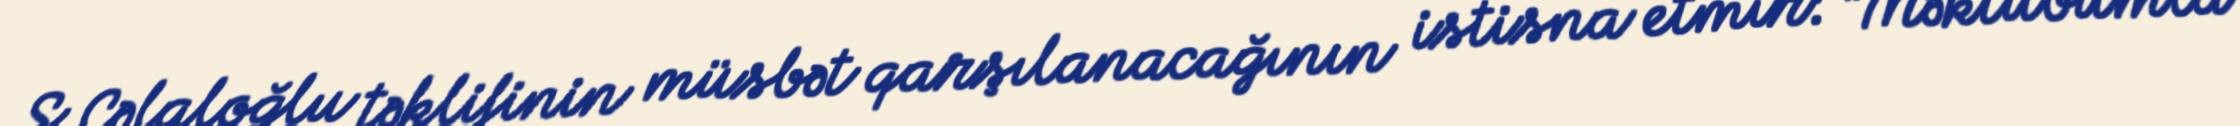
S.Cəlaloğlu təklifinin müsbət qarşılanacağının istisna etmir: “Məktubumla